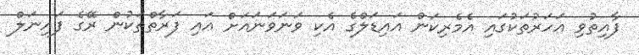
ފާއިތުވި އަހަރުތަކުގައި އެމެރިކަން އައިޑަލްގެ އެކި ވަނަވަނައަށް އައި ފަރާތްތަކުން ރޭގެ ފައިނަލް